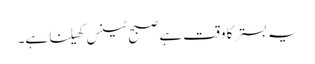
یہ بستر کا وقت ہے صبح ٹینس کھیلنا ہے۔